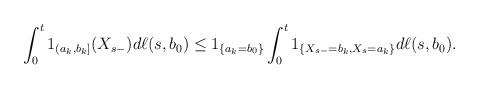
LaTeX: \begin{align*}\int_0^t 1_{(a_k,b_k]}(X_{s-})d\ell(s, b_0)\leq 1_{\{a_k=b_0\}}\int_0^t 1_{\{X_{s-}=b_k, X_s=a_k\}}d\ell(s,b_0).\end{align*}